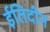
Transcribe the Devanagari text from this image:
ईतिदीन